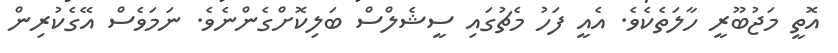
އޮތީ މަޖުބޫރީ ހާލަތެކެވެ. އެއީ ފަހު މެޗުގައި ސީޝެލްސް ބަލިކޮށްގެންނެވެ. ނަަމަވެސް އޭގެކުރިން